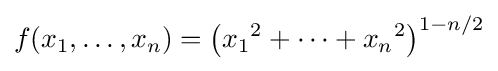
f(x_{1},\dots ,x_{n})=\left({x_{1}}^{2}+\cdots +{x_{n}}^{2}\right)^{1-n/2}